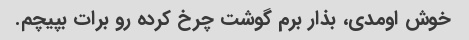
خوش اومدی، بذار برم گوشت چرخ کرده رو برات بپیچم.